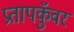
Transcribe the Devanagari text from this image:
प्रतापकुॅवर